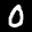
Label: 0